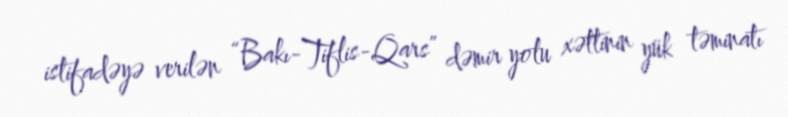
istifadəyə verilən “Bakı-Tiflis-Qars” dəmir yolu xəttinin yük təminatı